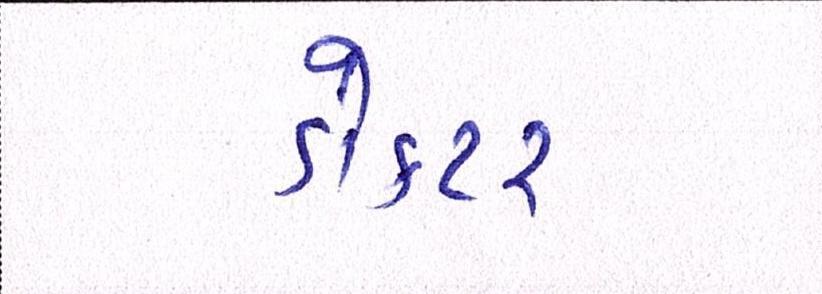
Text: ડોકટર